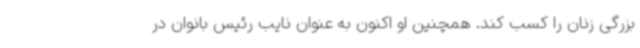
بزرگی زنان را کسب کند. همچنین او اکنون به عنوان نایب رئیس بانوان در